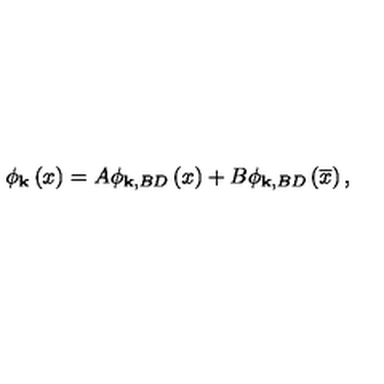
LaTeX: \phi _ { \mathbf { k } } \left( x \right) = A \phi _ { \mathbf { k , } B D } \left( x \right) + B \phi _ { \mathbf { k , } B D } \left( \overline { { x } } \right) ,